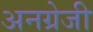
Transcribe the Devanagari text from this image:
अनग्रेजी